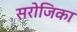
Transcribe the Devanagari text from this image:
सरोजिका